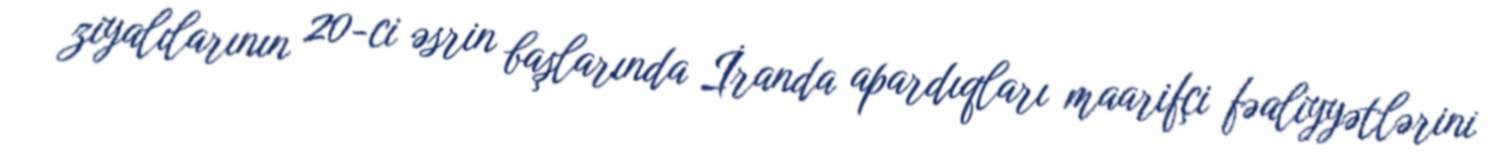
ziyalılarının 20-ci əsrin başlarında İranda apardıqları maarifçi fəaliyyətlərini